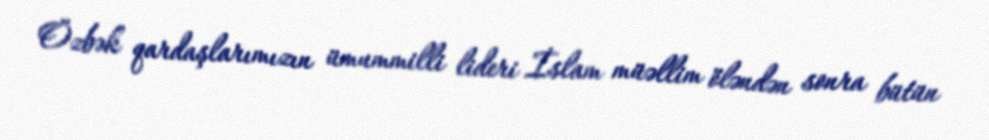
Özbək qardaşlarımızın ümummilli lideri İslam müəllim öləndən sonra bütün